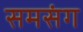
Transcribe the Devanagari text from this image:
समसंग